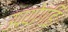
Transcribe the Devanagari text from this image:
उपयोगहि